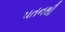
પતનથી